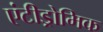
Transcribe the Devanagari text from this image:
एंटीड्रोमिक